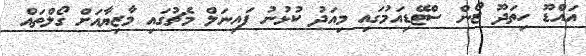
އައްޑޫ ހިތަދޫ ޒޯން ސްޓޭޑިއަމުގައި މިއަދު ކުޅުނު ފައިނަލް މެޗުގައި މާޒިޔާއަށް ގޯލްތައް